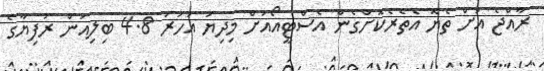
ރާއްޖެ އަށް ތެޔޮ އެތެރެކޮށްގެން އެސްޓީއޯއަށް މިދިޔަ އަހަރު 4.8 ބިލިއަން ރުފިޔާގެ